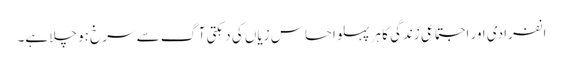
انفرادی اور اجتماعی زندگی کا ہر پہلو احساس زیاں کی دہکتی آگ سے سرخ ہو چلا ہے۔